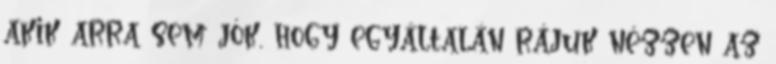
akik arra sem jók, hogy egyáltalán rájuk nézzen az